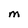
Character: M